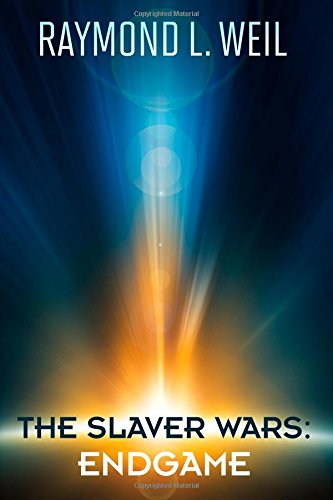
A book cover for The Slaver Wars: Endgame (Volume 7); Raymond L. Weil; Science Fiction & Fantasy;